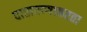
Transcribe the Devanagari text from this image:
दाखवण्याकरता